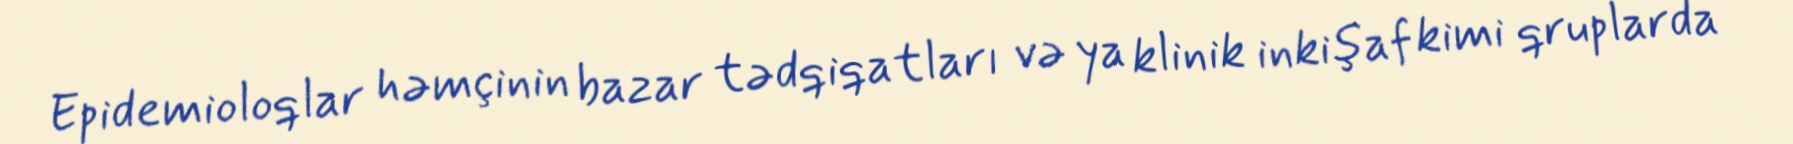
Epidemioloqlar həmçinin bazar tədqiqatları və ya klinik inkişaf kimi qruplarda